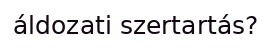
áldozati szertartás?